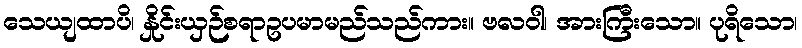
သေယျထာပိ၊ နှိုင်းယှဉ်စရာဥပမာမည်သည်ကား။ ဗလဝါ၊ အားကြီးသော။ ပုရိသော၊